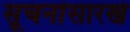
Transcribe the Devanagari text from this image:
सूचनांसारखे